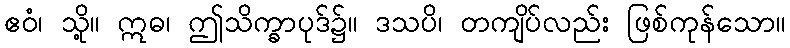
ဧဝံ၊ သို့။ ဣဓ၊ ဤသိက္ခာပုဒ်၌။ ဒသပိ၊ တကျိပ်လည်း ဖြစ်ကုန်သော။